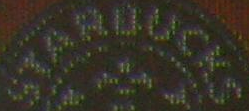
STARBUCKS